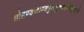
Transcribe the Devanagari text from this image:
प्रोद्दण्डकाण्डहुतभुक्छलभीकृतारे